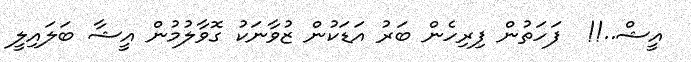
އީޝް..!!  ފަހަތުން ފިރިހެން ބަރު އަޑަކުން ޒުވާނަކު ގޮވާލުމުން އީޝާ ބަލައިލީ